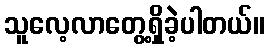
သူလေ့လာတွေ့ရှိခဲ့ပါတယ်။